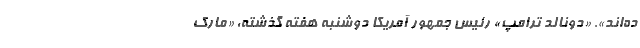
ده‌اند». «دونالد ترامپ» رئیس جمهور آمریکا دوشنبه هفته گذشته، «مارک